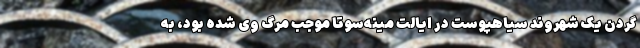
گردن یک شهروند سیاهپوست در ایالت مینه‌سوتا موجب مرگ وی شده بود، به